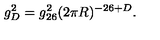
g _ { D } ^ { 2 } = g _ { 2 6 } ^ { 2 } ( 2 \pi R ) ^ { - 2 6 + D } .